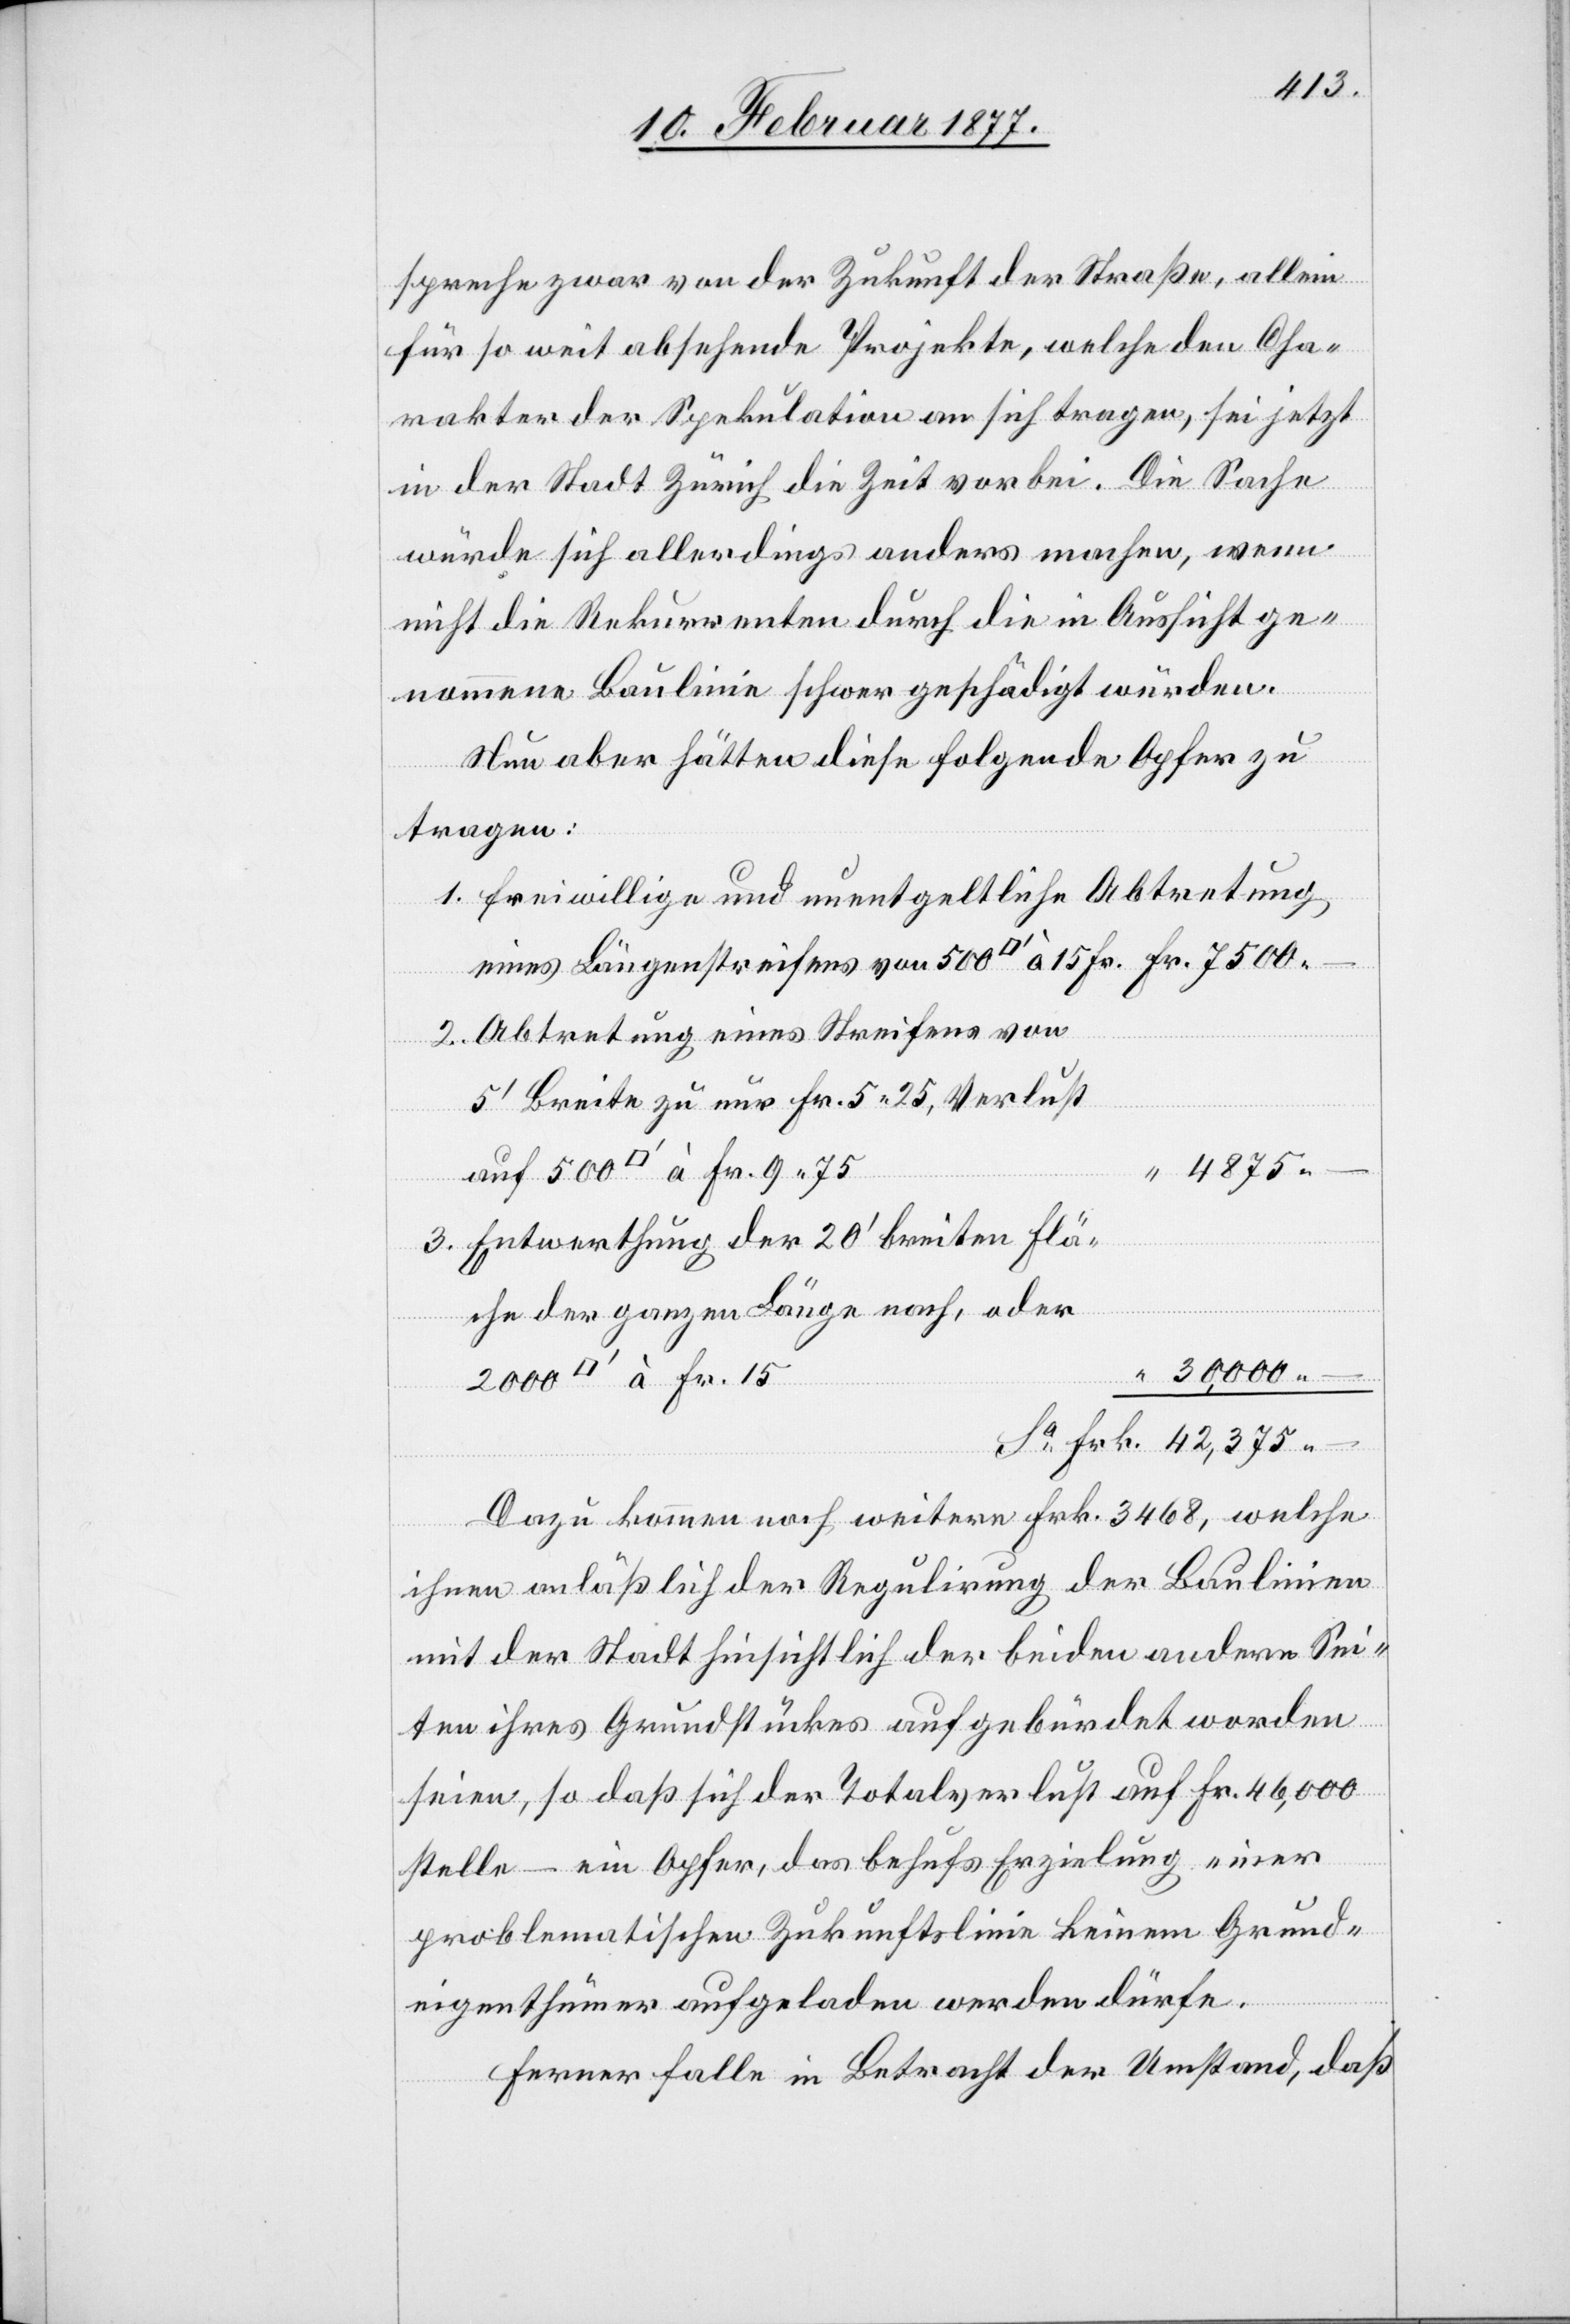
auf

4875.–
spreche zwar von der Zukunft der Straße, allein
für so weit absehende Projekte, welche den Cha¬
rakter der Spekulation an sich tragen, sei jetzt
in der Stadt Zürich die Zeit vorbei. Die Sache
würde sich allerdings anders machen, wenn
nicht die Rekurrenten durch die in Aussicht ge¬
nommene Baulinie schwer geschädigt würden.
Nun aber hätten diese folgende Opfer zu
tragen:
1. Freiwillige und unentgeltliche Abtretung
eines Längenstreifens von 500 [Quadratfuss] à 15 Fr.
2. Abtretungen eines Streifens von
5’ Breite zu nur Fr. 5.25, Verlust
3. Entwerthung der 20’ breiten Flä¬
che der ganzen Länge nach, oder
30,000.–
Dazu kommen noch weitere Frk. 3468, welche
ihnen anläßlich der Regulirung der Baulinien
mit der Stadt hinsichtlich der beiden andern Sei¬
ten ihres Grundstückes aufgebürdet worden
seien, so daß sich der Totalverlust auf Fr. 46,000
stelle – ein Opfer, das behufs Erzielung einer
problematischen Zukunftslinie keinem Grund¬
eigenthümer aufgeladen werden dürfe.
Ferner falle in Betracht der Umstand, daß